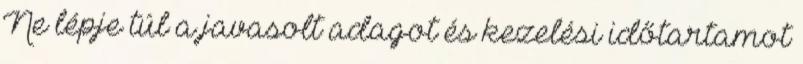
Ne lépje túl a javasolt adagot és kezelési időtartamot